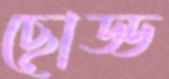
ছোড্ড